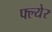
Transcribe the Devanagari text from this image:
फ्ल्येर